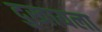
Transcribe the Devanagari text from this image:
दुखायला